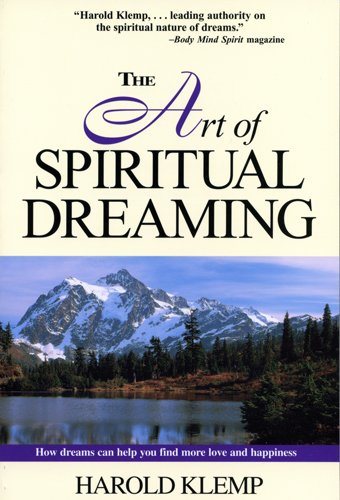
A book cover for The Art of Spiritual Dreaming; Harold Klemp; Religion & Spirituality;